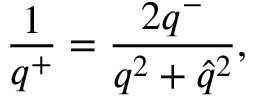
\frac { 1 } { q ^ { + } } = \frac { 2 q ^ { - } } { q ^ { 2 } + \hat { q } ^ { 2 } } ,